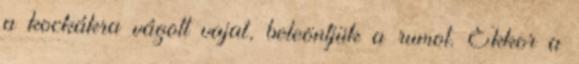
a kockákra vágott vajat, beleöntjük a rumot. Ekkor a